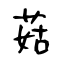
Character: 菇